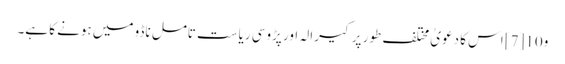
و10 [7] اس کا دعویٰ مختلف طور پر کیرالہ اور پڑوسی ریاست تامل ناڈو میں ہونے کا ہے۔